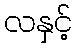
လနှင့်